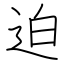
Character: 迫